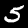
Label: 5